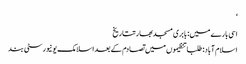
‘
اسی بارے میں: بابری مسجدبھارتتاریخ
اسلام آباد: طلبا تنظیموں میں تصادم کے بعد اسلامک یونیورسٹی بند